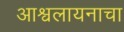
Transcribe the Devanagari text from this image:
आश्वलायनाचा